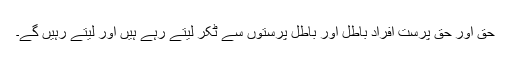
حق اور حق پرست افراد باطل اور باطل پرستوں سے ٹکر لیتے رہے ہیں اور لیتے رہیں گے۔